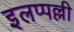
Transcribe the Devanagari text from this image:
इलप्पल्ली